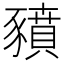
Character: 豶